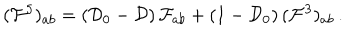
( { \cal F } ^ { 5 } ) _ { a b } = ( { \cal D } _ { 0 } - { \cal D } ) \, { \cal F } _ { a b } + ( 1 - { \cal D } _ { 0 } ) \, ( { \cal F } ^ { 3 } ) _ { a b } \, .